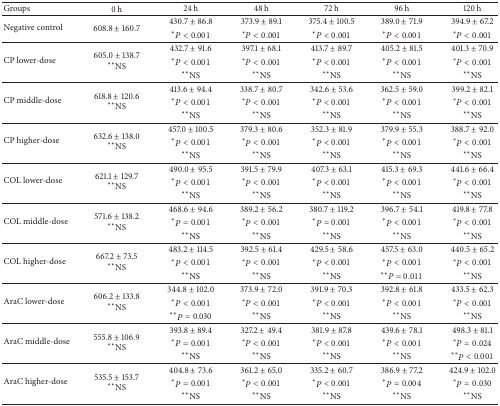
<table><thead><tr><td><b>Groups</b></td><td><b>0 h</b></td><td><b>24 h</b></td><td><b>48 h</b></td><td><b>72 h</b></td><td><b>96 h</b></td><td><b>120 h</b></td></tr></thead><tbody><tr><td rowspan="2">Negative control</td><td rowspan="2">608.8 ± 160.7</td><td>430.7 ± 86.8</td><td>373.9 ± 89.1</td><td>375.4 ± 100.5</td><td>389.0 ± 71.9</td><td>394.9 ± 67.2</td></tr><tr><td><sup><i>∗</i></sup><i>P</i> &lt; 0.001</td><td><sup><i>∗</i></sup><i>P</i> &lt; 0.001</td><td><sup><i>∗</i></sup><i>P</i> &lt; 0.001</td><td><sup><i>∗</i></sup><i>P</i> &lt; 0.001</td><td><sup><i>∗</i></sup><i>P</i> &lt; 0.001</td></tr><tr><td rowspan="3">CP lower-dose</td><td rowspan="3">605.0 ± 138.7 <sup><i>∗∗</i></sup>NS</td><td>432.7 ± 91.6</td><td>397.1 ± 68.1</td><td>413.7 ± 89.7</td><td>405.2 ± 81.5</td><td>401.3 ± 70.9</td></tr><tr><td><sup><i>∗</i></sup><i>P</i> &lt; 0.001</td><td><sup><i>∗</i></sup><i>P</i> &lt; 0.001</td><td><sup><i>∗</i></sup><i>P</i> &lt; 0.001</td><td><sup><i>∗</i></sup><i>P</i> &lt; 0.001</td><td><sup><i>∗</i></sup><i>P</i> &lt; 0.001</td></tr><tr><td><sup><i>∗∗</i></sup>NS</td><td><sup><i>∗∗</i></sup>NS</td><td><sup><i>∗∗</i></sup>NS</td><td><sup><i>∗∗</i></sup>NS</td><td><sup><i>∗∗</i></sup>NS</td></tr><tr><td rowspan="3">CP middle-dose</td><td rowspan="3">618.8 ± 120.6 <sup><i>∗∗</i></sup>NS</td><td>413.6 ± 94.4</td><td>338.7 ± 80.7</td><td>342.6 ± 53.6</td><td>362.5 ± 59.0</td><td>399.2 ± 82.1</td></tr><tr><td><sup><i>∗</i></sup><i>P</i> &lt; 0.001</td><td><sup><i>∗</i></sup><i>P</i> &lt; 0.001</td><td><sup><i>∗</i></sup><i>P</i> &lt; 0.001</td><td><sup><i>∗</i></sup><i>P</i> &lt; 0.001</td><td><sup><i>∗</i></sup><i>P</i> &lt; 0.001</td></tr><tr><td><sup><i>∗∗</i></sup>NS</td><td><sup><i>∗∗</i></sup>NS</td><td><sup><i>∗∗</i></sup>NS</td><td><sup><i>∗∗</i></sup>NS</td><td><sup><i>∗∗</i></sup>NS</td></tr><tr><td rowspan="3">CP higher-dose</td><td rowspan="3">632.6 ± 138.0 <sup><i>∗∗</i></sup>NS</td><td>457.0 ± 100.5</td><td>379.3 ± 80.6</td><td>352.3 ± 81.9</td><td>379.9 ± 55.3</td><td>388.7 ± 92.0</td></tr><tr><td><sup><i>∗</i></sup><i>P</i> &lt; 0.001</td><td><sup><i>∗</i></sup><i>P</i> &lt; 0.001</td><td><sup><i>∗</i></sup><i>P</i> &lt; 0.001</td><td><sup><i>∗</i></sup><i>P</i> &lt; 0.001</td><td><sup><i>∗</i></sup><i>P</i> &lt; 0.001</td></tr><tr><td><sup><i>∗∗</i></sup>NS</td><td><sup><i>∗∗</i></sup>NS</td><td><sup><i>∗∗</i></sup>NS</td><td><sup><i>∗∗</i></sup>NS</td><td><sup><i>∗∗</i></sup>NS</td></tr><tr><td rowspan="3">COL lower-dose</td><td rowspan="3">621.1 ± 129.7 <sup><i>∗∗</i></sup>NS</td><td>490.0 ± 95.5</td><td>391.5 ± 79.9</td><td>407.3 ± 63.1</td><td>415.3 ± 69.3</td><td>441.6 ± 66.4</td></tr><tr><td><sup><i>∗</i></sup><i>P</i> &lt; 0.001</td><td><sup><i>∗</i></sup><i>P</i> &lt; 0.001</td><td><sup><i>∗</i></sup><i>P</i> &lt; 0.001</td><td><sup><i>∗</i></sup><i>P</i> &lt; 0.001</td><td><sup><i>∗</i></sup><i>P</i> &lt; 0.001</td></tr><tr><td><sup><i>∗∗</i></sup>NS</td><td><sup><i>∗∗</i></sup>NS</td><td><sup><i>∗∗</i></sup>NS</td><td><sup><i>∗∗</i></sup>NS</td><td><sup><i>∗∗</i></sup>NS</td></tr><tr><td rowspan="3">COL middle-dose</td><td rowspan="3">571.6 ± 138.2 <sup><i>∗∗</i></sup>NS</td><td>468.6 ± 94.6</td><td>389.2 ± 56.2</td><td>380.7 ± 119.2</td><td>396.7 ± 54.1</td><td>419.8 ± 77.8</td></tr><tr><td><sup><i>∗</i></sup><i>P</i> = 0.001</td><td><sup><i>∗</i></sup><i>P</i> &lt; 0.001</td><td><sup><i>∗</i></sup><i>P</i> = 0.001</td><td><sup><i>∗</i></sup><i>P</i> &lt; 0.001</td><td><sup><i>∗</i></sup><i>P</i> &lt; 0.001</td></tr><tr><td><sup><i>∗∗</i></sup>NS</td><td><sup><i>∗∗</i></sup>NS</td><td><sup><i>∗∗</i></sup>NS</td><td><sup><i>∗∗</i></sup>NS</td><td><sup><i>∗∗</i></sup>NS</td></tr><tr><td rowspan="3">COL higher-dose</td><td rowspan="3">667.2 ± 73.5 <sup><i>∗∗</i></sup>NS</td><td>483.2 ± 114.5</td><td>392.5 ± 61.4</td><td>429.5 ± 58.6</td><td>457.5 ± 63.0</td><td>440.5 ± 65.2</td></tr><tr><td><sup><i>∗</i></sup><i>P</i> &lt; 0.001</td><td><sup><i>∗</i></sup><i>P</i> &lt; 0.001</td><td><sup><i>∗</i></sup><i>P</i> &lt; 0.001</td><td><sup><i>∗</i></sup><i>P</i> &lt; 0.001</td><td><sup><i>∗</i></sup><i>P</i> &lt; 0.001</td></tr><tr><td><sup><i>∗∗</i></sup>NS</td><td><sup><i>∗∗</i></sup>NS</td><td><sup><i>∗∗</i></sup>NS</td><td><sup><i>∗∗</i></sup><i>P</i> = 0.011</td><td><sup><i>∗∗</i></sup>NS</td></tr><tr><td rowspan="3">AraC lower-dose</td><td rowspan="3">606.2 ± 133.8 <sup><i>∗∗</i></sup>NS</td><td>344.8 ± 102.0</td><td>373.9 ± 72.0</td><td>391.9 ± 70.3</td><td>392.8 ± 61.8</td><td>433.5 ± 62.3</td></tr><tr><td><sup><i>∗</i></sup><i>P</i> &lt; 0.001</td><td><sup><i>∗</i></sup><i>P</i> &lt; 0.001</td><td><sup><i>∗</i></sup><i>P</i> &lt; 0.001</td><td><sup><i>∗</i></sup><i>P</i> &lt; 0.001</td><td><sup><i>∗</i></sup><i>P</i> &lt; 0.001</td></tr><tr><td><sup><i>∗∗</i></sup><i>P</i> = 0.030</td><td><sup><i>∗∗</i></sup>NS</td><td><sup><i>∗∗</i></sup>NS</td><td><sup><i>∗∗</i></sup>NS</td><td><sup><i>∗∗</i></sup>NS</td></tr><tr><td rowspan="3">AraC middle-dose</td><td rowspan="3">555.8 ± 106.9 <sup><i>∗∗</i></sup>NS</td><td>393.8 ± 89.4</td><td>327.2 ± 49.4</td><td>381.9 ± 87.8</td><td>439.6 ± 78.1</td><td>498.3 ± 81.1</td></tr><tr><td><sup><i>∗</i></sup><i>P</i> = 0.001</td><td><sup><i>∗</i></sup><i>P</i> &lt; 0.001</td><td><sup><i>∗</i></sup><i>P</i> &lt; 0.001</td><td><sup><i>∗</i></sup><i>P</i> &lt; 0.001</td><td><sup><i>∗</i></sup><i>P</i> = 0.024</td></tr><tr><td><sup><i>∗∗</i></sup>NS</td><td><sup><i>∗∗</i></sup>NS</td><td><sup><i>∗∗</i></sup>NS</td><td><sup><i>∗∗</i></sup>NS</td><td><sup><i>∗∗</i></sup><i>P</i> &lt; 0.001</td></tr><tr><td rowspan="3">AraC higher-dose</td><td rowspan="3">535.5 ± 153.7 <sup><i>∗∗</i></sup>NS</td><td>404.8 ± 73.6</td><td>361.2 ± 65.0</td><td>335.2 ± 60.7</td><td>386.9 ± 77.2</td><td>424.9 ± 102.0</td></tr><tr><td><sup><i>∗</i></sup><i>P</i> = 0.001</td><td><sup><i>∗</i></sup><i>P</i> &lt; 0.001</td><td><sup><i>∗</i></sup><i>P</i> &lt; 0.001</td><td><sup><i>∗</i></sup><i>P</i> = 0.004</td><td><sup><i>∗</i></sup><i>P</i> = 0.030</td></tr><tr><td><sup><i>∗∗</i></sup>NS</td><td><sup><i>∗∗</i></sup>NS</td><td><sup><i>∗∗</i></sup>NS</td><td><sup><i>∗∗</i></sup>NS</td><td><sup><i>∗∗</i></sup>NS</td></tr></tbody></table>